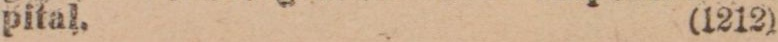
pital. (1212)